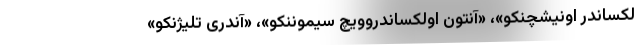
لکساندر اونیشچنکو»، «آنتون اولکساندروویچ سیموننکو»، «آندری تلیژنکو»